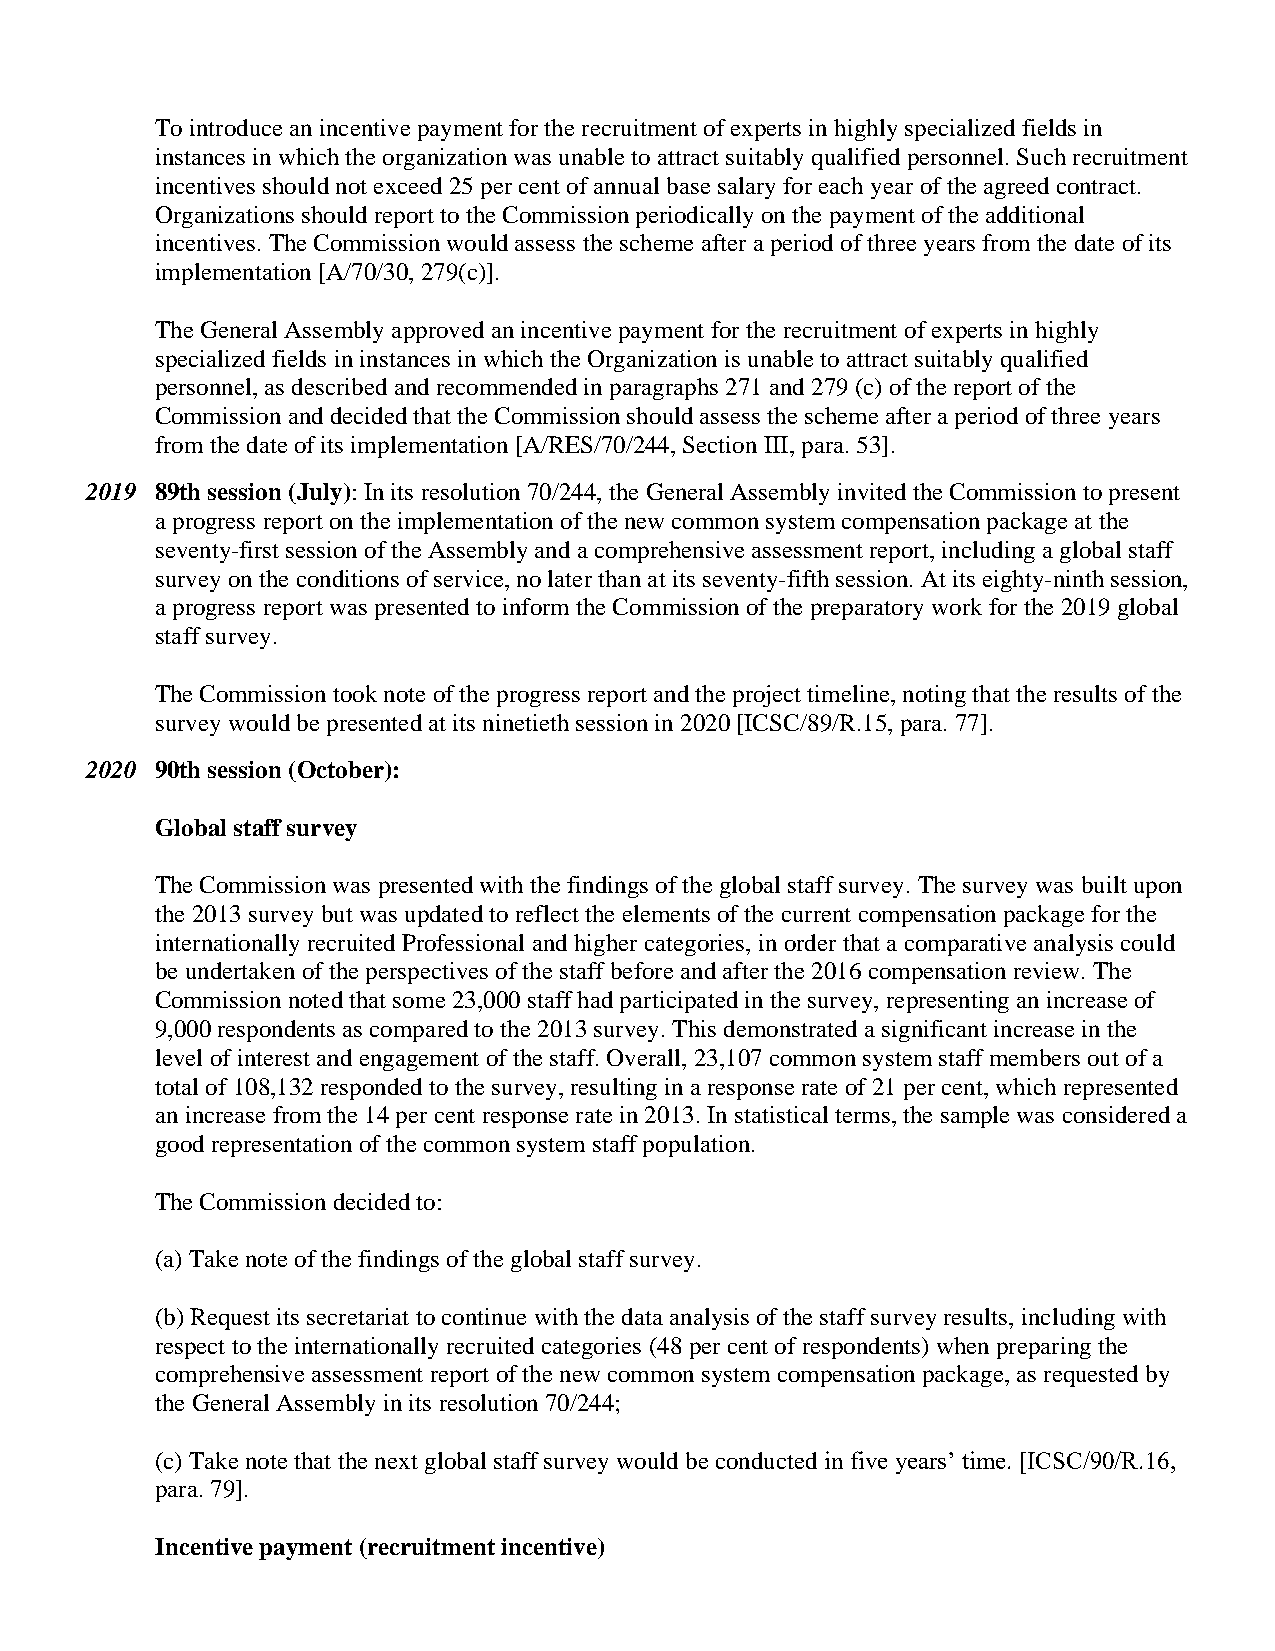
To introduce an incentive payment for the recruitment of experts in highly specialized fields in
 instances in which the organization was unable to attract suitably qualified personnel. Such recruitment
 incentives should not exceed 25 per cent of annual base salary for each year of the agreed contract.
 Organizations should report to the Commission periodically on the payment of the additional
 incentives. The Commission would assess the scheme after a period of three years from the date of its
 implementation [A/70/30, 279(c)].
 The General Assembly approved an incentive payment for the recruitment of experts in highly
 specialized fields in instances in which the Organization is unable to attract suitably qualified
 personnel, as described and recommended in paragraphs 271 and 279 (c) of the report of the
 Commission and decided that the Commission should assess the scheme after a period of three years
 from the date of its implementation [A/RES/70/244, Section III, para. 53].
 2019 89th session (July): In its resolution 70/244, the General Assembly invited the Commission to present
 a progress report on the implementation of the new common system compensation package at the
 seventy-first session of the Assembly and a comprehensive assessment report, including a global staff
 survey on the conditions of service, no later than at its seventy-fifth session. At its eighty-ninth session,
 a progress report was presented to inform the Commission of the preparatory work for the 2019 global
 staff survey.
 The Commission took note of the progress report and the project timeline, noting that the results of the
 survey would be presented at its ninetieth session in 2020 [ICSC/89/R.15, para. 77].
 2020 90th session (October):
 Global staff survey
 The Commission was presented with the findings of the global staff survey. The survey was built upon
 the 2013 survey but was updated to reflect the elements of the current compensation package for the
 internationally recruited Professional and higher categories, in order that a comparative analysis could
 be undertaken of the perspectives of the staff before and after the 2016 compensation review. The
 Commission noted that some 23,000 staff had participated in the survey, representing an increase of
 9,000 respondents as compared to the 2013 survey. This demonstrated a significant increase in the
 level of interest and engagement of the staff. Overall, 23,107 common system staff members out of a
 total of 108,132 responded to the survey, resulting in a response rate of 21 per cent, which represented
 an increase from the 14 per cent response rate in 2013. In statistical terms, the sample was considered a
 good representation of the common system staff population.
 The Commission decided to:
 (a) Take note of the findings of the global staff survey.
 (b) Request its secretariat to continue with the data analysis of the staff survey results, including with
 respect to the internationally recruited categories (48 per cent of respondents) when preparing the
 comprehensive assessment report of the new common system compensation package, as requested by
 the General Assembly in its resolution 70/244;
 (c) Take note that the next global staff survey would be conducted in five years’ time. [ICSC/90/R.16,
 para. 79].
 Incentive payment (recruitment incentive)